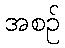
အစဉ်